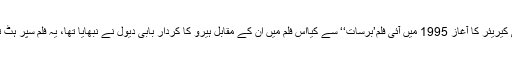
اداکارہ ٹوئنکل کھنہ نے بطور اداکارہ اپنے فلمی کیریئر کا آغاز 1995 میں آئی فلم’برسات‘‘ سے کیااس فلم میں ان کے مقابل ہیرو کا کردار بابی دیول نے نبھایا تھا، یہ فلم سپر ہٹ ثابت ہوئی اوران کی اداکاری کو کافی سراہا گیا۔